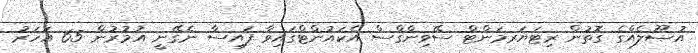
އުޞޫލެއްގެ ގޮތުން ރިޓަޔަރމަންޓް ސޭވިންގްސް އެކައުންޓްގައިވާ ފައިސާ ނެގޭނީ އުމުރުން 65 އަހަރު